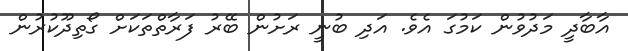
އާބާދީ މަދުވުން ކަމުގަ އެވެ. އަދި ބުނީ ރަށުން ބޭރު ފަރާތްތަކަށް ގޯތިދޫކުރުން